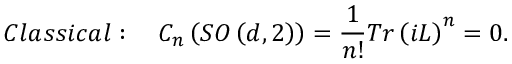
C l a s s i c a l : \quad C _ { n } \left( S O \left( d , 2 \right) \right) = \frac { 1 } { n ! } T r \left( i L \right) ^ { n } = 0 .